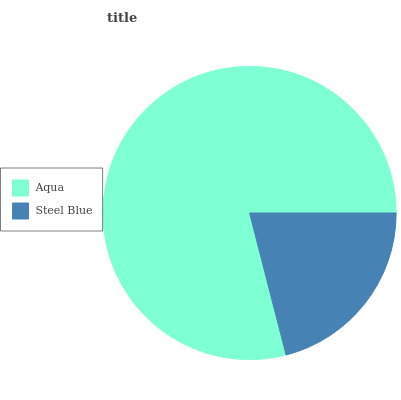
| Aqua | Steel Blue |
 | --- | --- |
 | 79% | 21% |